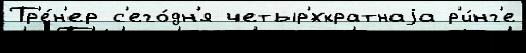
Тр'е́н'ер с'его́дн'я четыр'́хкратнаjа р'и́нг'е